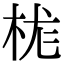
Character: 𪲆